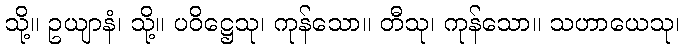
သို့။ ဥယျာနံ၊ သို့။ ပဝိဋ္ဌေသု၊ ကုန်သော။ တီသု၊ ကုန်သော။ သဟာယေသု၊